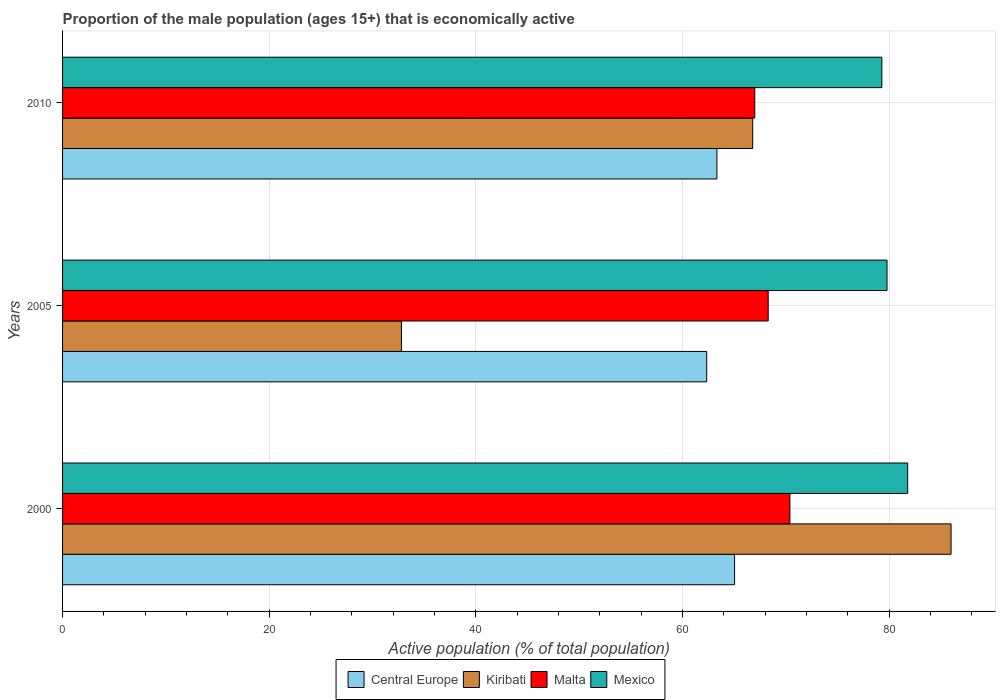
| Years | Central Europe | Kiribati | Malta | Mexico |
 | --- | --- | --- | --- | --- |
 | 2000 | 65 | 86 | 70.4 | 81.8 |
 | 2005 | 62.3 | 32.8 | 68.3 | 79.8 |
 | 2010 | 63.3 | 66.8 | 67 | 79.3 |